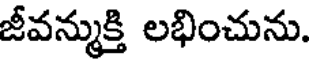
జీవన్ముక్తి లభించును.